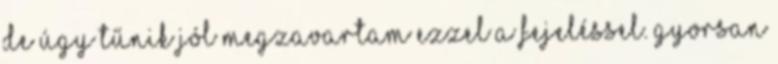
de úgy tűnik jól megzavartam ezzel a fejeléssel. Gyorsan